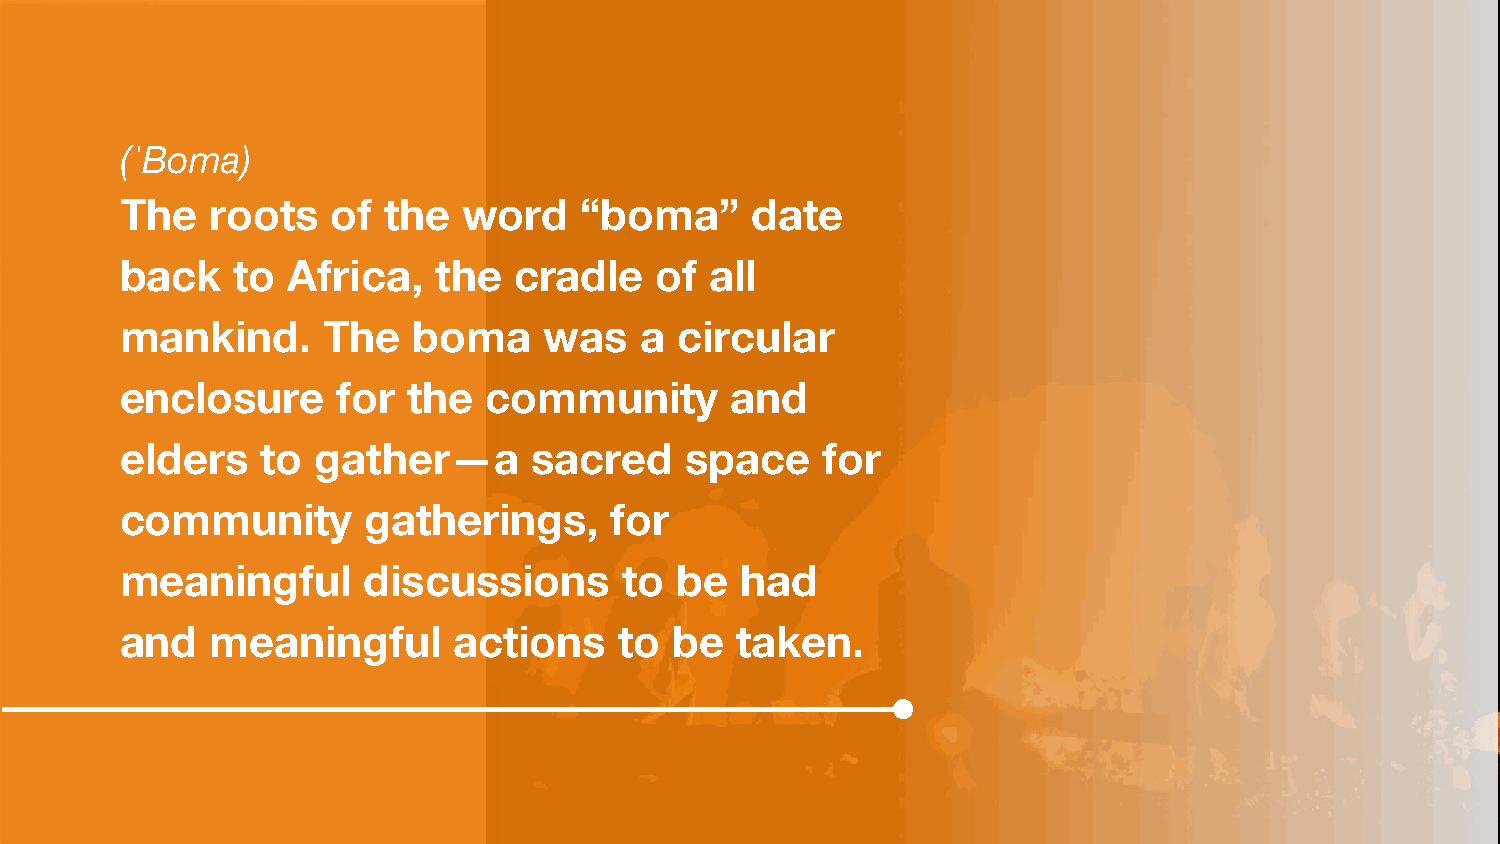
(ˈBoma)
 The   roots   of the   word   “boma”      date
 back   to  Africa,   the  cradle   of  all
 mankind.     The   boma     was   a  circular
 enclosure     for  the  community       and
 elders   to  gather—a      sacred    space    for
 community       gatherings,     for
 meaningful      discussions      to  be  had
 and   meaningful      actions    to be   taken.